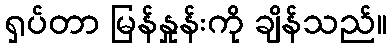
ရှပ်တာ မြန်နှုန်းကို ချိန်သည်။